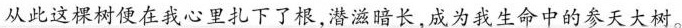
从此这棵树使在我心里扎下了根，潜滋暗长，成为我生命中的参天大树。